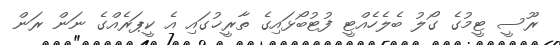
ރޫސީ ޓީމުގެ ގޯލު ބެލެހެއްޓީ ފުޓުބޯޅައިގެ ތާރީޚުގައި އެ ކީޕަރެއްގެ ނަން ރަން